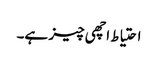
احتیاط اچھی چیز ہے۔